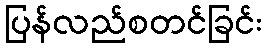
ပြန်လည်စတင်ခြင်း